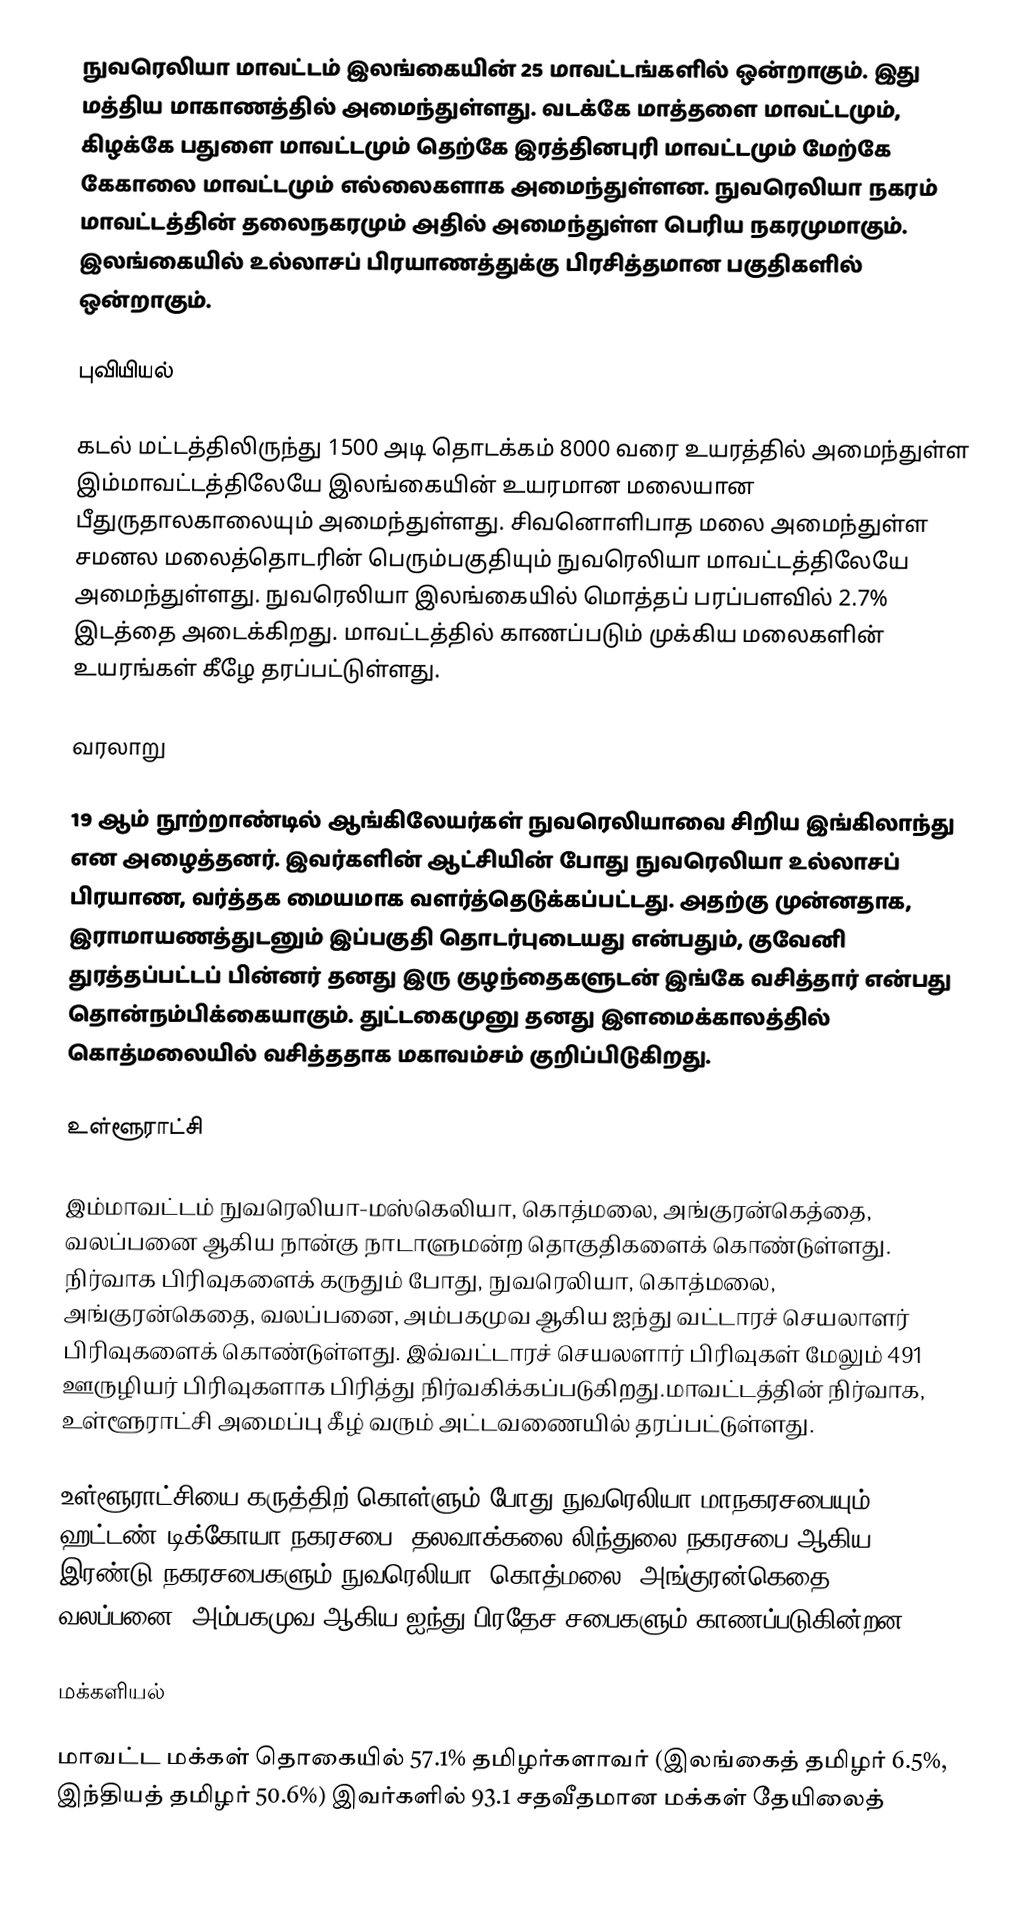
நுவரெலியா மாவட்டம் இலங்கையின் 25 மாவட்டங்களில் ஒன்றாகும். இது மத்திய மாகாணத்தில் அமைந்துள்ளது. வடக்கே மாத்தளை மாவட்டமும், கிழக்கே பதுளை மாவட்டமும் தெற்கே இரத்தினபுரி மாவட்டமும் மேற்கே கேகாலை மாவட்டமும் எல்லைகளாக அமைந்துள்ளன. நுவரெலியா நகரம் மாவட்டத்தின் தலைநகரமும் அதில் அமைந்துள்ள பெரிய நகரமுமாகும். இலங்கையில் உல்லாசப் பிரயாணத்துக்கு பிரசித்தமான பகுதிகளில் ஒன்றாகும்.

புவியியல்

கடல் மட்டத்திலிருந்து 1500 அடி தொடக்கம் 8000 வரை உயரத்தில் அமைந்துள்ள இம்மாவட்டத்திலேயே இலங்கையின் உயரமான மலையான பீதுருதாலகாலையும் அமைந்துள்ளது. சிவனொளிபாத மலை அமைந்துள்ள சமனல மலைத்தொடரின் பெரும்பகுதியும் நுவரெலியா மாவட்டத்திலேயே அமைந்துள்ளது. நுவரெலியா இலங்கையில் மொத்தப் பரப்பளவில் 2.7% இடத்தை அடைக்கிறது. மாவட்டத்தில் காணப்படும் முக்கிய மலைகளின் உயரங்கள் கீழே தரப்பட்டுள்ளது.

வரலாறு

19 ஆம் நூற்றாண்டில் ஆங்கிலேயர்கள் நுவரெலியாவை சிறிய இங்கிலாந்து என அழைத்தனர். இவர்களின் ஆட்சியின் போது நுவரெலியா உல்லாசப் பிரயாண, வர்த்தக மையமாக வளர்த்தெடுக்கப்பட்டது. அதற்கு முன்னதாக, இராமாயணத்துடனும் இப்பகுதி தொடர்புடையது என்பதும், குவேனி துரத்தப்பட்டப் பின்னர் தனது இரு குழந்தைகளுடன் இங்கே வசித்தார் என்பது தொன்நம்பிக்கையாகும். துட்டகைமுனு தனது இளமைக்காலத்தில் கொத்மலையில் வசித்ததாக மகாவம்சம் குறிப்பிடுகிறது.

உள்ளூராட்சி

இம்மாவட்டம் நுவரெலியா-மஸ்கெலியா, கொத்மலை, அங்குரன்கெத்தை, வலப்பனை ஆகிய நான்கு  நாடாளுமன்ற தொகுதிகளைக் கொண்டுள்ளது. நிர்வாக பிரிவுகளைக் கருதும் போது,  நுவரெலியா, கொத்மலை, அங்குரன்கெதை, வலப்பனை, அம்பகமுவ ஆகிய ஐந்து வட்டாரச் செயலாளர் பிரிவுகளைக் கொண்டுள்ளது. இவ்வட்டாரச் செயலளார் பிரிவுகள் மேலும் 491 ஊருழியர் பிரிவுகளாக பிரித்து நிர்வகிக்கப்படுகிறது.மாவட்டத்தின் நிர்வாக, உள்ளூராட்சி அமைப்பு கீழ் வரும் அட்டவணையில் தரப்பட்டுள்ளது.

உள்ளூராட்சியை கருத்திற் கொள்ளும் போது நுவரெலியா மாநகரசபையும் ஹட்டண்-டிக்கோயா நகரசபை, தலவாக்கலை-லிந்துலை நகரசபை ஆகிய இரண்டு நகரசபைகளும் நுவரெலியா, கொத்மலை, அங்குரன்கெதை, வலப்பனை, அம்பகமுவ ஆகிய ஐந்து பிரதேச சபைகளும் காணப்படுகின்றன.

மக்களியல்

மாவட்ட மக்கள் தொகையில் 57.1% தமிழர்களாவர் (இலங்கைத் தமிழர் 6.5%, இந்தியத் தமிழர் 50.6%) இவர்களில் 93.1 சதவீதமான மக்கள் தேயிலைத்